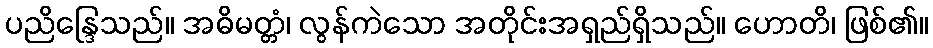
ပညိန္ဒြေသည်။ အဓိမတ္တံ၊ လွန်ကဲသော အတိုင်းအရှည်ရှိသည်။ ဟောတိ၊ ဖြစ်၏။